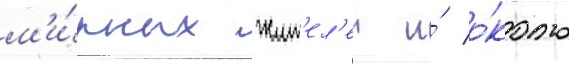
м'и́рных жит'ел'еи и́ о́коло